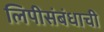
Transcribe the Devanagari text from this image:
लिपीसंबंधाची